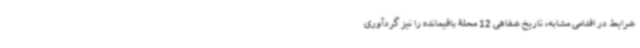
شرایط در اقدامی مشابه، تاریخ شفاهی 12 محلۀ باقیمانده را نیز گردآوری